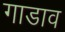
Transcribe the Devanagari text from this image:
गाडाव